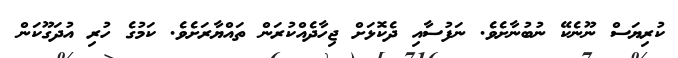
ކުރިޔަސް ނޫނެކޭ ނުބުނާށެވެ. ނަފުސާއި ދެކޮޅަށް ޖިހާދެއްކުރަން ތައްޔާރަށެވެ. ކަމުގެ ހުރި އުދަގޫކަން